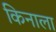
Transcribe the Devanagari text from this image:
किनाला